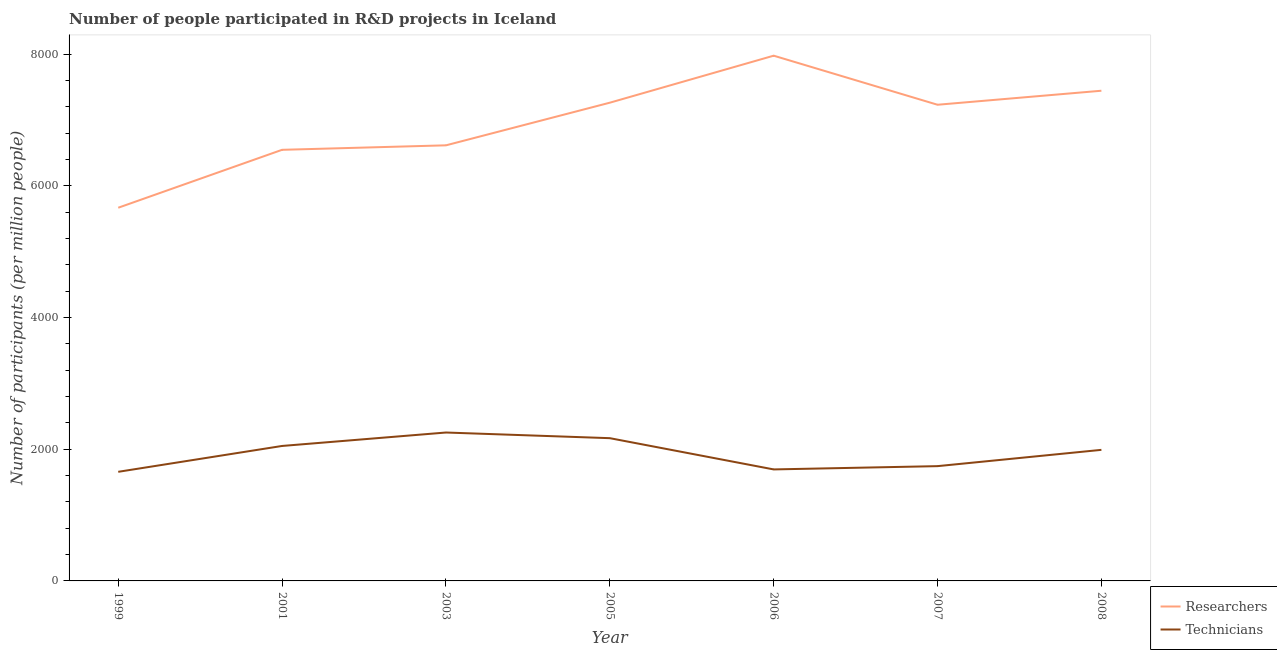
| Year | Researchers | Technicians |
 | --- | --- | --- |
 | 1999 | 5.67e+03 | 1.66e+03 |
 | 2001 | 6.55e+03 | 2.05e+03 |
 | 2003 | 6.61e+03 | 2.25e+03 |
 | 2005 | 7.26e+03 | 2.17e+03 |
 | 2006 | 7.98e+03 | 1.69e+03 |
 | 2007 | 7.23e+03 | 1.74e+03 |
 | 2008 | 7.44e+03 | 1.99e+03 |